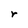
Character: r